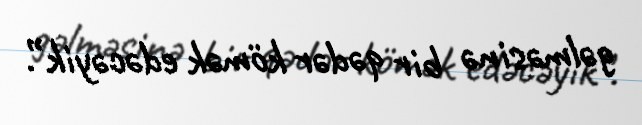
gəlməsinə bir qədər kömək edəcəyik”.